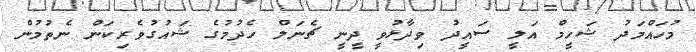
މުހައްމަދު ޝަހީމް އަލީ ސައީދު ވިދާޅުވީ ދީނީ ޗެނަލް ހެދުމުގެ ޝައުގުވެރިކަން ނެތުމުން